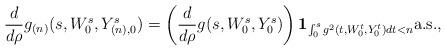
LaTeX: \begin{align*} \frac{d}{d\rho} g_{(n)}(s, W_0^s, Y_{(n), 0}^s)=\left(\frac{d}{d\rho} g(s, W_0^s, Y_{0}^s)\right) \mathbf{1}_{\int_0^s g^2(t, W_0^t, Y_{0}^t) dt < n} \mbox{a.s.},\end{align*}